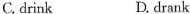
C.drink D.drank